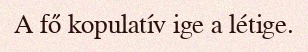
A fő kopulatív ige a létige.